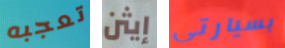
تعجبه إيثن بسيارتي